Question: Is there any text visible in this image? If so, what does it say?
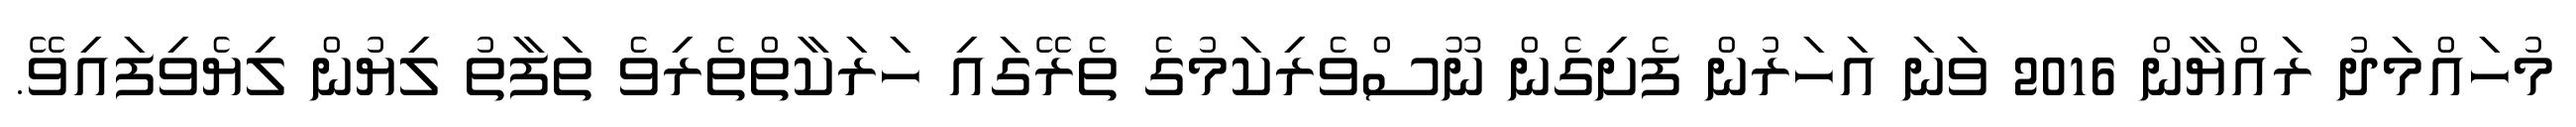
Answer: މުހައްމަދު ރައްޔާން 2016 ވަނަ އަހަރުން ފެށިގެން ނޫސްވެރިކަމުގެ ތެރޭގައި ހަރަކާތްތެރިވެ ތަފާތު ލިޔުން ލިޔެވިފައިވޭ.